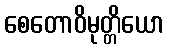
စေတောဝိမုတ္တိယော